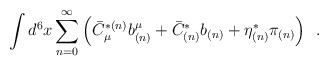
\begin{align*}\int d^6 x \sum _{n=0}^{\infty} \left(\bar C^{*(n)}_{\mu }b^{\mu}_{(n)}+\bar C_{(n)}^* b_{(n)}+\eta ^*_{(n)}\pi _{(n)}\right)\,\,\, .\end{align*}